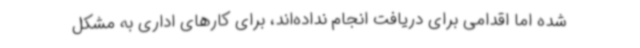
شده اما اقدامی برای دریافت انجام نداده‌اند، برای کارهای اداری به مشکل